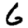
Digit: 6